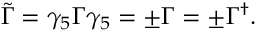
\tilde { \Gamma } = \gamma _ { 5 } \Gamma \gamma _ { 5 } = \pm \Gamma = \pm \Gamma ^ { \dag } .